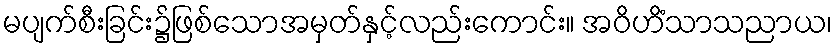
မပျက်စီးခြင်း၌ဖြစ်သောအမှတ်နှင့်လည်းကောင်း။ အဝိဟိံသာသညာယ၊